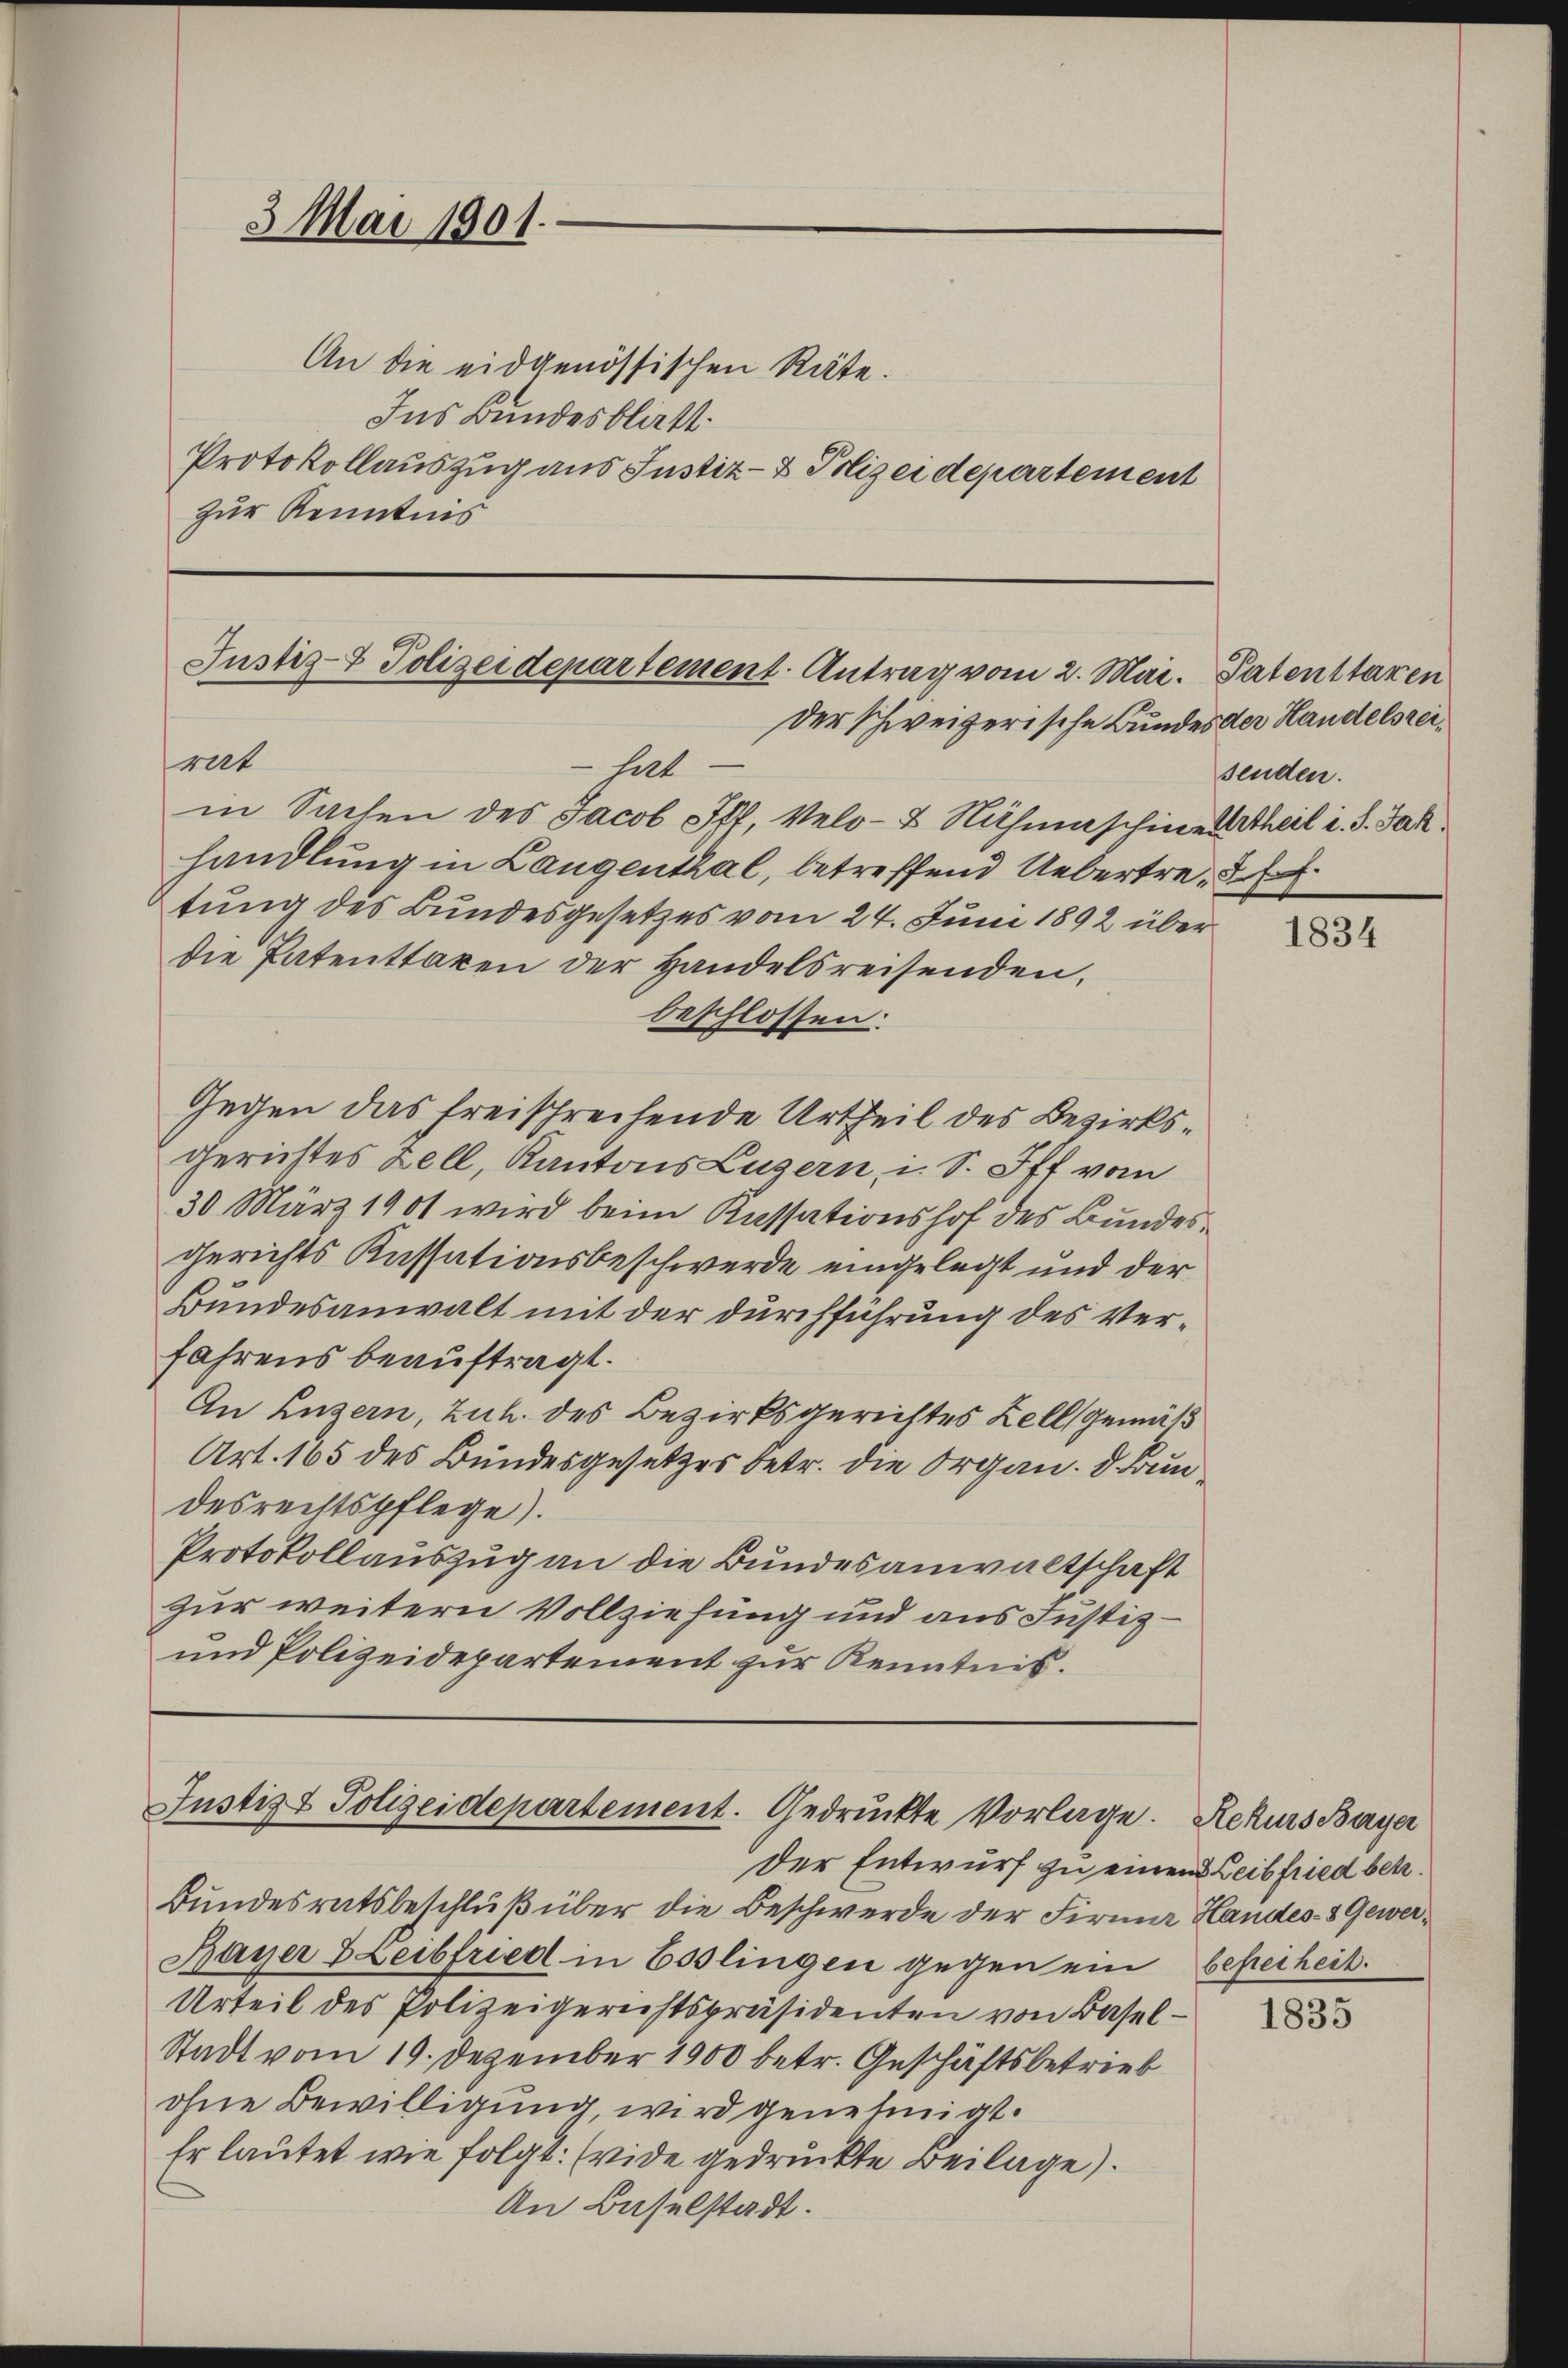
An die eidgenössischen Räte.
Ins Bundesblatt
Protokollauszug aus Justiz- & Polizeidepartement
zur Kenntnis

3 Mai 1901.

Justiz- & Polizeidepartement. Antrag vom 2. Mai. Patenttaren
Der schweizerische Bundes der Handelsreirat

hart
in Sachen des Jacob Ift, Velo-& Nähmaschinen theil i. d. Jak
handlung in Langenthal, betreffend Uebertretung des Bundesgesetzes vom 24. Juni 1892 überdie Patenttaxen der Handelsreisenden,
beschlossen.
Gegen das freischrechende Urtheil des Bezirks¬
Gerichtes Zell, Kantons Luzern, i. S. Iff vom
30 März 1901 wird beim Kassationshof des Bundes¬
Gerichts Kassationsbeschwerde eingelegt und der
Bundesanwalt mit der durchführung des Verfahrens beauftragt.
An Luzern, Zuh. des Bezirksgerichtes Zell gemäß
Art. 165 des Bundesgesetzes betr. die Organ. d. Bundesrechtspflege).
Protokollauszug an die Bundesanwaltschaft
zur weitern Vollziehung und aus Justiz¬
und Polizeidepartement zur Kenntnis.

Justiz & Polizeidepartement. Gedruckte Vorlage. Rekurs Bayer

Der Entwurf zu einen Leibfried betr.
Bundesratsbeschluß über die Beschwerde der Firma Handes- & Gewer¬
Bayer Leibfried in Esslingen gegen ein
Urteil des Polizeigerichtspräsidenten von Basel¬
Stadt vom 19. Dezember 1900 betr. Geschäftsbetrieb
ohne Bewilligung wird genehmigt.
Er lautet wie folgt: (vide gedruckte Beilage).
An Baselstadt.

senden.

1834

befreiheit.

1835